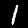
Digit: 1